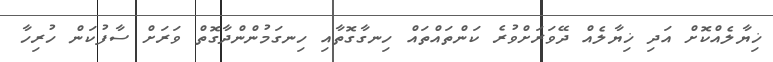
ޚިޔާލެއްކޮށް އަދި ޚިޔާލެއް ދޭވަރަށްވުރެ ކަންތައްތައް ހިނގާގޮތާއި ހިނގަމުންންދާގޮތް ވަރަށް ސާފުކަން ހުރިހާ